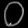
Digit: ၀